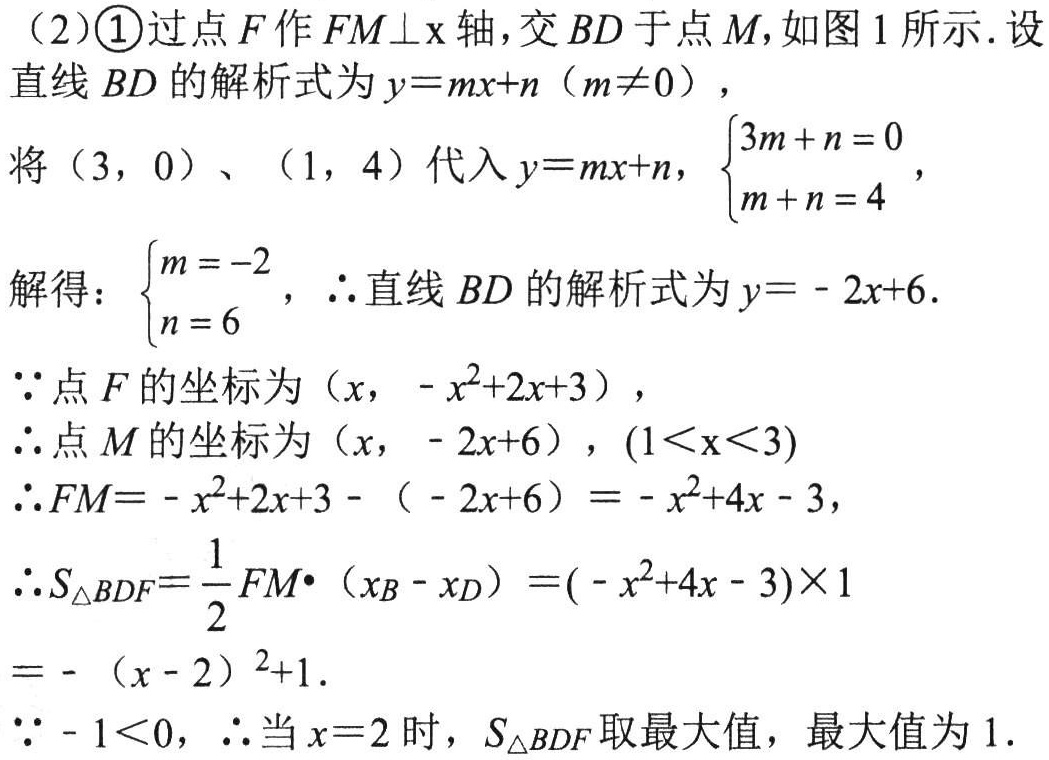
（2）\textcircled{1}过点\(F\)作\(FM\perp x\)轴，交\(BD\)于点\(M\)，如图1所示. 设直线\(BD\)的解析式为\(y = mx + n(m\neq0)\)，
将\((3,0)\)、\((1,4)\)代入\(y = mx + n\)，\(\begin{cases}3m + n = 0\\m + n = 4\end{cases}\)，
解得：\(\begin{cases}m = -2\\n = 6\end{cases}\)，\(\therefore\)直线\(BD\)的解析式为\(y = - 2x + 6\).
\(\because\)点\(F\)的坐标为\((x,-x^{2}+2x + 3)\)，
\(\therefore\)点\(M\)的坐标为\((x,-2x + 6)\)，\((1<x<3)\)
\(\therefore FM=-x^{2}+2x + 3-(-2x + 6)=-x^{2}+4x - 3\)，
\(\therefore S_{\triangle BDF}=\dfrac{1}{2}FM\cdot(x_{B}-x_{D})=(-x^{2}+4x - 3)\times1\)
\(=-(x - 2)^{2}+1\).
\(\because - 1<0\)，\(\therefore\)当\(x = 2\)时，\(S_{\triangle BDF}\)取最大值，最大值为\(1\).